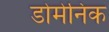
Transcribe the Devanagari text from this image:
डोमेनिक